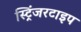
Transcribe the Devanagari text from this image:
स्ट्रिंजरटाइप